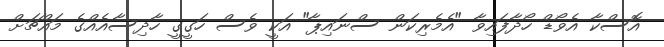
އޮސްކާ އެވޯޑް ހޯދާފައިވާ "އެމެރިކަން ސްނައިޕާ" އަކީ ވެސް ހަގީގީ ހާދިސާއެއްގެ މައްޗަށް